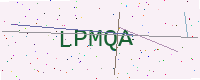
Text: LPMQA